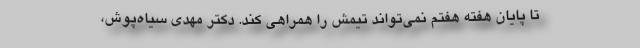
تا پایان هفته هفتم نمی‌تواند تیمش را همراهی کند. دکتر مهدی سیاه‌پوش،